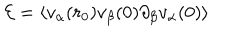
LaTeX: { \cal E } = \left\langle v _ { \alpha } ( r _ { 0 } ) v _ { \beta } ( 0 ) \partial _ { \beta } v _ { \alpha } ( 0 ) \right\rangle